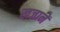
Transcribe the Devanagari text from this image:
खजानें